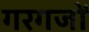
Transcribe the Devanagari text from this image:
गरगजों